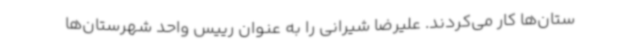
ستان‌ها کار می‌کردند. علیرضا شیرانی را به عنوان رییس واحد شهرستان‌ها